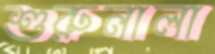
শুরুনালা